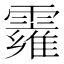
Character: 𩆄